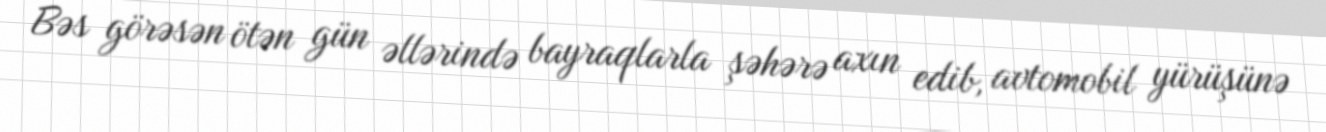
Bəs görəsən ötən gün əllərində bayraqlarla şəhərə axın edib, avtomobil yürüşünə